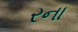
રના